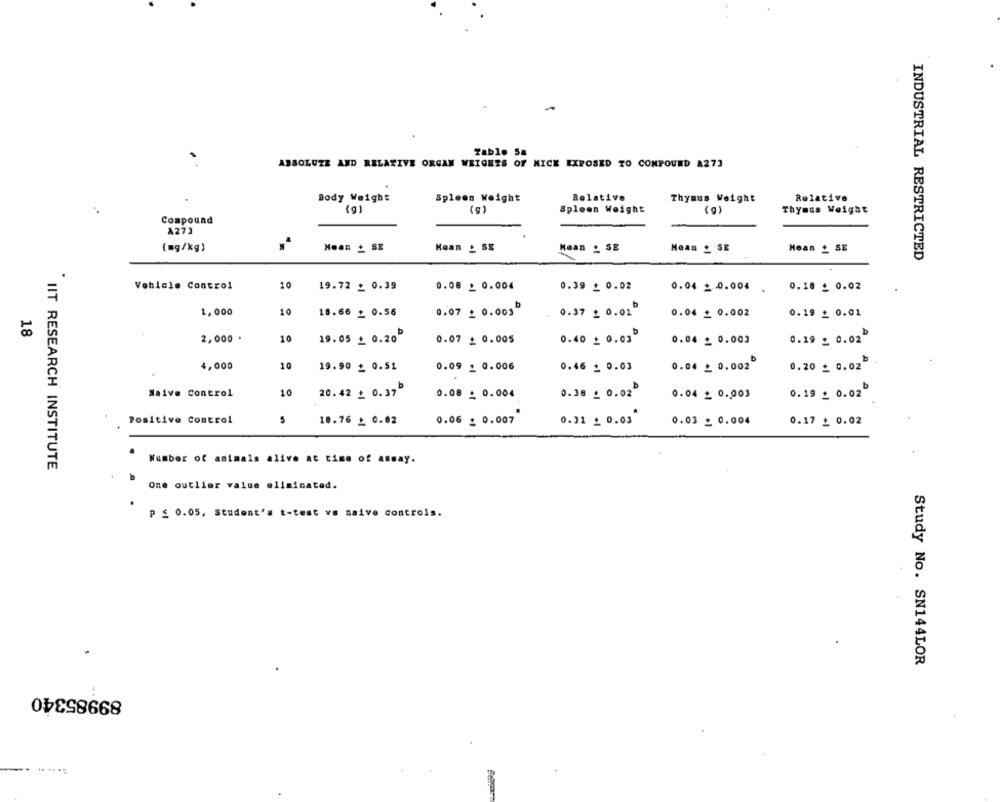
Tab1. 58
ABSOLUTE AND RELATIVE ORGAN WEIGHTS OF MICE EXPOSED TO COMPOUND A273
Body Weight
Spleen Weight
Relative
Thymus Weight
Relative
(g)
( g)
Spleen Weight
( g )
Thymus Weight
Compound
A273
(mg/kg)
Koan _ SE
Mean _ SE
Mean + SE
Mean _ SE
INDUSTRIAL RESTRICTED
Vehicle Control
10
19.72 _ 0.39
0.08 + 0.004
0.39 £ 0.02
0.04 = 0.004
0.18 _ 0.02
1,000
10
18.66 + 0.56
0.07 £ 0.003
0.37 £ 0.01
0.19 _ 0.01
0.04 = 0.002
18
2,000 .
10
19.05 _ 0.20
0.07 + 0.005
0.40 = 0.03
0.04 _ 0.003
0.19 _ 0.02"
4,000
10
19.90 _ 0.51
0.09 _ 0.006
0.46 : 0.03
0.04 _ 0,002º
0.20 _ 0.02
Naive Control
10
20.42 £ 0.37
0.38 _ 0.02
0.19 _ 0.02
0.08 _ 0.004
0.04 = 0.003
Positive Control
10.76 _ 0.02
0.06 _ 0.007
0.31 _ 0.03
0.03 _ 0,004
0.17 _ 0.02
IIT RESEARCH INSTITUTE
Number of animals alive at time of assay.
b
One outlier value eliminated.
P ≤ 0.05, Student's t-test vs naive controls.
Study No. SN144LOR
89985340